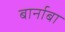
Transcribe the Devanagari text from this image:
बार्नाबा